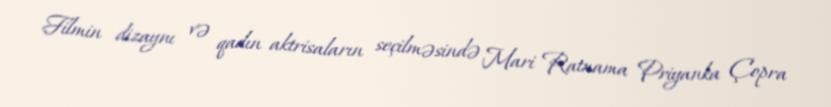
Filmin dizaynı və qadın aktrisaların seçilməsində Mari Ratnama Priyanka Çopra